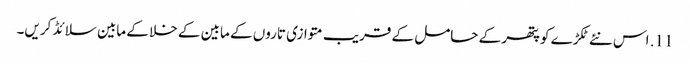
11. اس نئے ٹکڑے کو پتھر کے حامل کے قریب متوازی تاروں کے مابین کے خلا کے مابین سلائڈ کریں۔